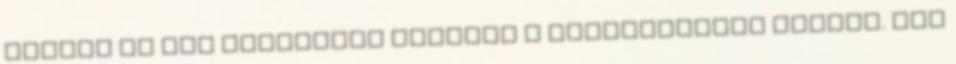
ülésén az MTI jelentése szerint a következőket mondta. „Az